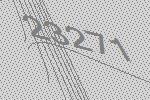
23271